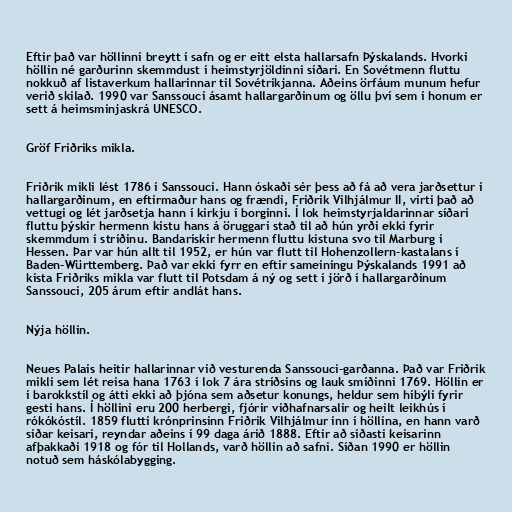
Eftir það var höllinni breytt í safn og er eitt elsta hallarsafn Þýskalands. Hvorki
höllin né garðurinn skemmdust í heimstyrjöldinni síðari. En Sovétmenn fluttu
nokkuð af listaverkum hallarinnar til Sovétríkjanna. Aðeins örfáum munum hefur
verið skilað. 1990 var Sanssouci ásamt hallargarðinum og öllu því sem í honum er
sett á heimsminjaskrá UNESCO.

Gröf Friðriks mikla.

Friðrik mikli lést 1786 í Sanssouci. Hann óskaði sér þess að fá að vera jarðsettur í
hallargarðinum, en eftirmaður hans og frændi, Friðrik Vilhjálmur II, virti það að
vettugi og lét jarðsetja hann í kirkju í borginni. Í lok heimstyrjaldarinnar síðari
fluttu þýskir hermenn kistu hans á öruggari stað til að hún yrði ekki fyrir
skemmdum í stríðinu. Bandarískir hermenn fluttu kistuna svo til Marburg í
Hessen. Þar var hún allt til 1952, er hún var flutt til Hohenzollern-kastalans í
Baden-Württemberg. Það var ekki fyrr en eftir sameiningu Þýskalands 1991 að
kista Friðriks mikla var flutt til Potsdam á ný og sett í jörð í hallargarðinum
Sanssouci, 205 árum eftir andlát hans.

Nýja höllin.

Neues Palais heitir hallarinnar við vesturenda Sanssouci-garðanna. Það var Friðrik
mikli sem lét reisa hana 1763 í lok 7 ára stríðsins og lauk smíðinni 1769. Höllin er
í barokkstíl og átti ekki að þjóna sem aðsetur konungs, heldur sem híbýli fyrir
gesti hans. Í höllini eru 200 herbergi, fjórir viðhafnarsalir og heilt leikhús í
rókókóstíl. 1859 flutti krónprinsinn Friðrik Vilhjálmur inn í höllina, en hann varð
síðar keisari, reyndar aðeins í 99 daga árið 1888. Eftir að síðasti keisarinn
afþakkaði 1918 og fór til Hollands, varð höllin að safni. Síðan 1990 er höllin
notuð sem háskólabygging.